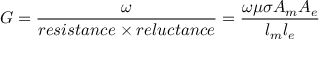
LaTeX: G = { \frac { \omega } { r e s i s t a n c e \times r e l u c t a n c e } } = { \frac { \omega \mu \sigma A _ { m } A _ { e } } { l _ { m } l _ { e } } }